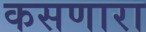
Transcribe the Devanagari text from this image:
कसणारा